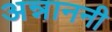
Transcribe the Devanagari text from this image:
अन्नाननी